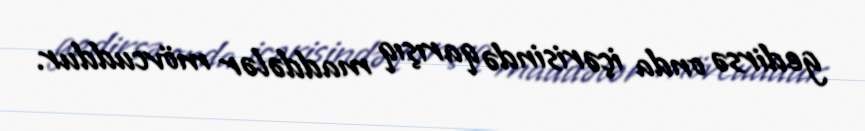
gedirsə onda içərisində qarışıq maddələr mövcuddur.